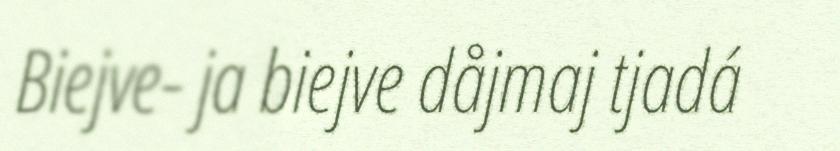
Biejve- ja biejve dåjmaj tjadá